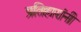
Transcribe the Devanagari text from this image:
प्रतिहारांनी